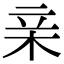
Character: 亲